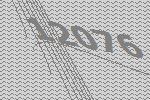
12076